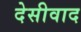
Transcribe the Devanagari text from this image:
देसीवाद